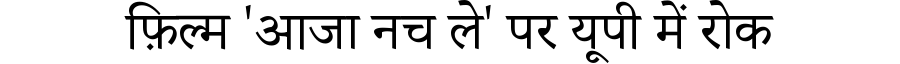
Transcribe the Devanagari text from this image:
फ़िल्म 'आजा नच ले' पर यूपी में रोक